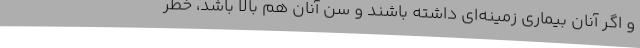
و اگر آنان بیماری زمینه‌ای داشته باشند و سن آنان هم بالا باشد، خطر